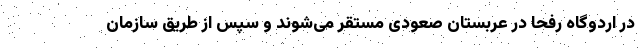
در اردوگاه رفحا در عربستان صعودی مستقر می‌شوند و سپس از طریق سازمان